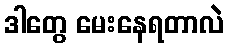
ဒါတွေ မေးနေရတာလဲ